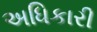
અધિકારી